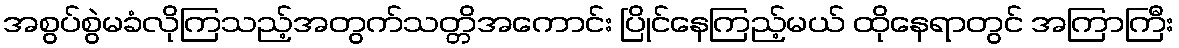
အစွပ်စွဲမခံလိုကြသည့်အတွက်သတ္တိအကောင်း ပြိုင်နေကြည့်မယ် ထိုနေရာတွင် အကြာကြီး